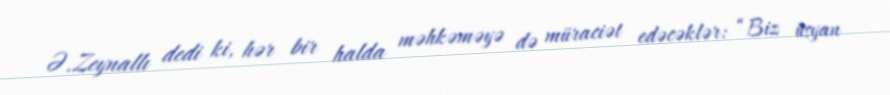
Ə.Zeynallı dedi ki, hər bir halda məhkəməyə də müraciət edəcəklər: “Biz üsyan